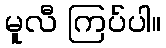
မူလီ ကြပ်ပါ။